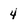
Character: 4